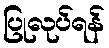
ပြုလုပ်ရန်